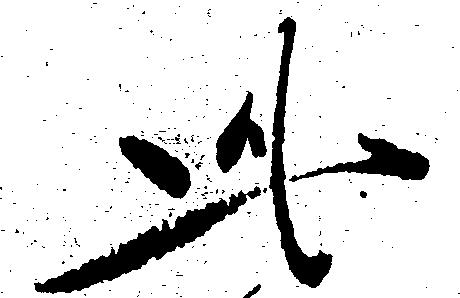
此